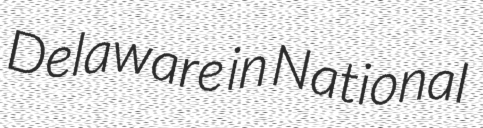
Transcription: Delaware in National